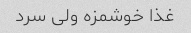
غذا خوشمزه ولی سرد